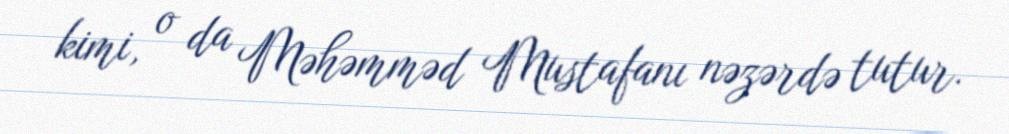
kimi, o da Məhəmməd Mustafanı nəzərdə tutur.